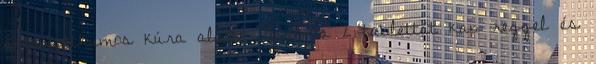
antibiotikumos kúra alatt? Naponta 2 tablettát kap reggel és